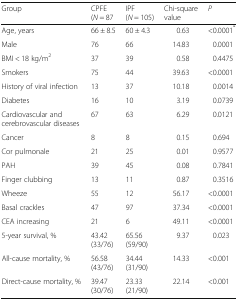
<table><thead><tr><td><b>Group</b></td><td><b>CPFE (<i>N</i> = 87</b></td><td><b>IPF (<i>N</i> = 105)</b></td><td><b>Chi-square value</b></td><td><b><i>P</i></b></td></tr></thead><tbody><tr><td>Age, years</td><td>66 ± 8.5</td><td>60 ± 4.3</td><td>0.63</td><td>&lt;0.0001<sup>*</sup></td></tr><tr><td>Male</td><td>76</td><td>66</td><td>14.83</td><td>0.0001</td></tr><tr><td>BMI &lt; 18 kg/m<sup>2</sup></td><td>37</td><td>39</td><td>0.58</td><td>0.4475</td></tr><tr><td>Smokers</td><td>75</td><td>44</td><td>39.63</td><td>&lt;0.0001</td></tr><tr><td>History of viral infection</td><td>13</td><td>37</td><td>10.18</td><td>0.0014</td></tr><tr><td>Diabetes</td><td>16</td><td>10</td><td>3.19</td><td>0.0739</td></tr><tr><td>Cardiovascular and cerebrovascular diseases</td><td>67</td><td>63</td><td>6.29</td><td>0.0121</td></tr><tr><td>Cancer</td><td>8</td><td>8</td><td>0.15</td><td>0.694</td></tr><tr><td>Cor pulmonale</td><td>21</td><td>25</td><td>0.01</td><td>0.9577</td></tr><tr><td>PAH</td><td>39</td><td>45</td><td>0.08</td><td>0.7841</td></tr><tr><td>Finger clubbing</td><td>13</td><td>11</td><td>0.87</td><td>0.3516</td></tr><tr><td>Wheeze</td><td>55</td><td>12</td><td>56.17</td><td>&lt;0.0001</td></tr><tr><td>Basal crackles</td><td>47</td><td>97</td><td>37.34</td><td>&lt;0.0001</td></tr><tr><td>CEA increasing</td><td>21</td><td>6</td><td>49.11</td><td>&lt;0.0001</td></tr><tr><td>5-year survival, %</td><td>43.42 (33/76)</td><td>65.56 (59/90)</td><td>9.37</td><td>0.023</td></tr><tr><td>All-cause mortality, %</td><td>56.58 (43/76)</td><td>34.44 (31/90)</td><td>14.33</td><td>&lt;0.001</td></tr><tr><td>Direct-cause mortality, %</td><td>39.47 (30/76)</td><td>23.33 (21/90)</td><td>22.14</td><td>&lt;0.001</td></tr></tbody></table>